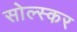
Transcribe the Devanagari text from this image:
सोल्स्कर